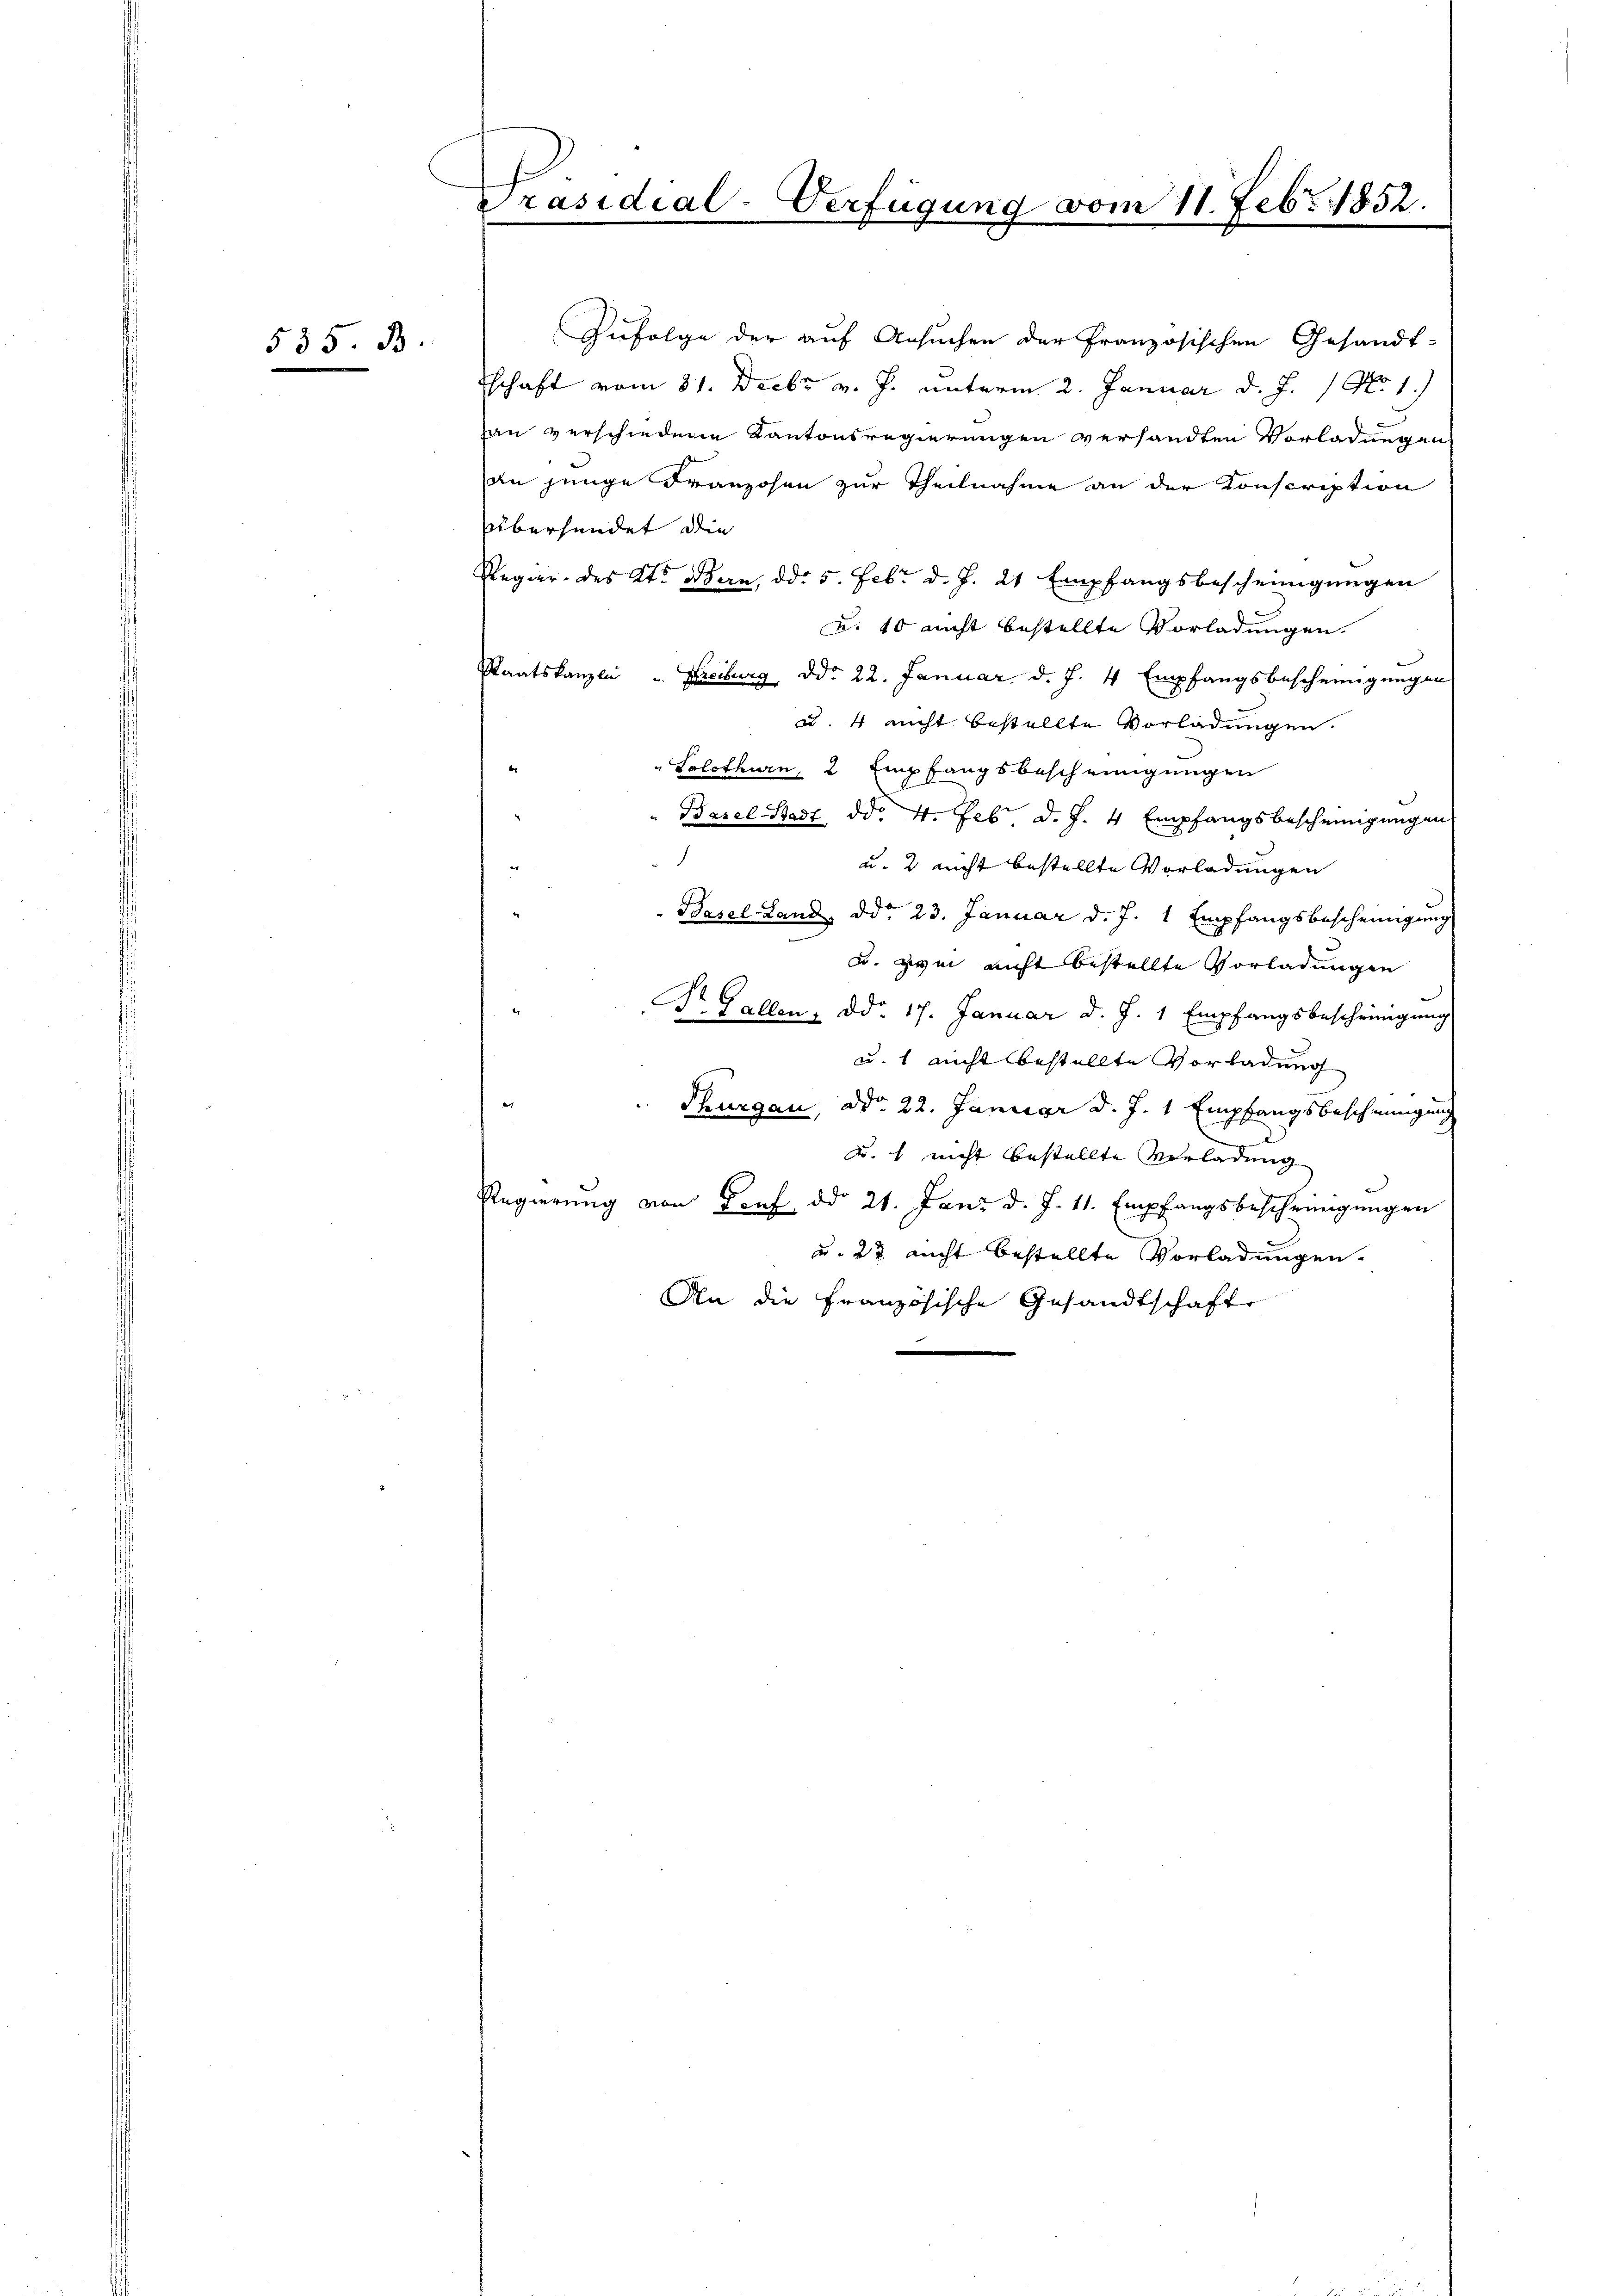
535. B.

Präsidial-Verfügung vom 11. Febr. 1852.

Zufolge der auf Ansuchen der Französischen Gesandt-
Eschaft vom 31. Decbr v. J. unterm 2. Januar d. J. 1 No 1.
han verschiedene Kantonsregierungen versandten Vorladungen
an junge Franzosen zur Theilnahme an der Konscription
Überhundet die
Regier des Kts. Man, ddo 5. Febr d. J. 21 Empfangsbescheinigungen
u. 10 nicht bestellte Vorladungen.
Staatskanzlei " Freiburg, ddo 22. Januar, d. J. 4 Empfangsbescheinigungen
u. 4 nicht bestellte Vorladungen.
"Solothurn, 2 Empfangsbescheinigungen
" Basel Stadt dd. 4. Febr. d. J. 4 Empfangsbescheinigungen
1
e
u. 2 nicht bestellte Vorladungen
Basel-Land, ddo 23. Januar d. J. 1 Empfangsbescheinigung
u. zwei nicht bestellte Vorladungen
Dr. Gallen, ddo. 17. Januar d. J. 1 Empfangsbescheinigung
u. 1 nicht bestellte Vorladung
 Thurgau, ddo 22. Januar d. J. 1 Empfangsbescheinigung
u. nicht bestellte Vorladung
Regierung von Dorf, ddo 21. Jani d. J. 11. Empfangsbescheinigungen
u. 22 nicht bestellte Vorladungen.
An die Französische Gesandtschafte